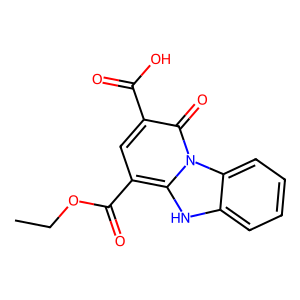
SMILES: CCOC(=O)c1cc(C(=O)O)c(=O)n2c1[nH]c1ccccc12
Inhibits HIV replication: No